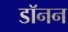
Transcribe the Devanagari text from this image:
डॉनन